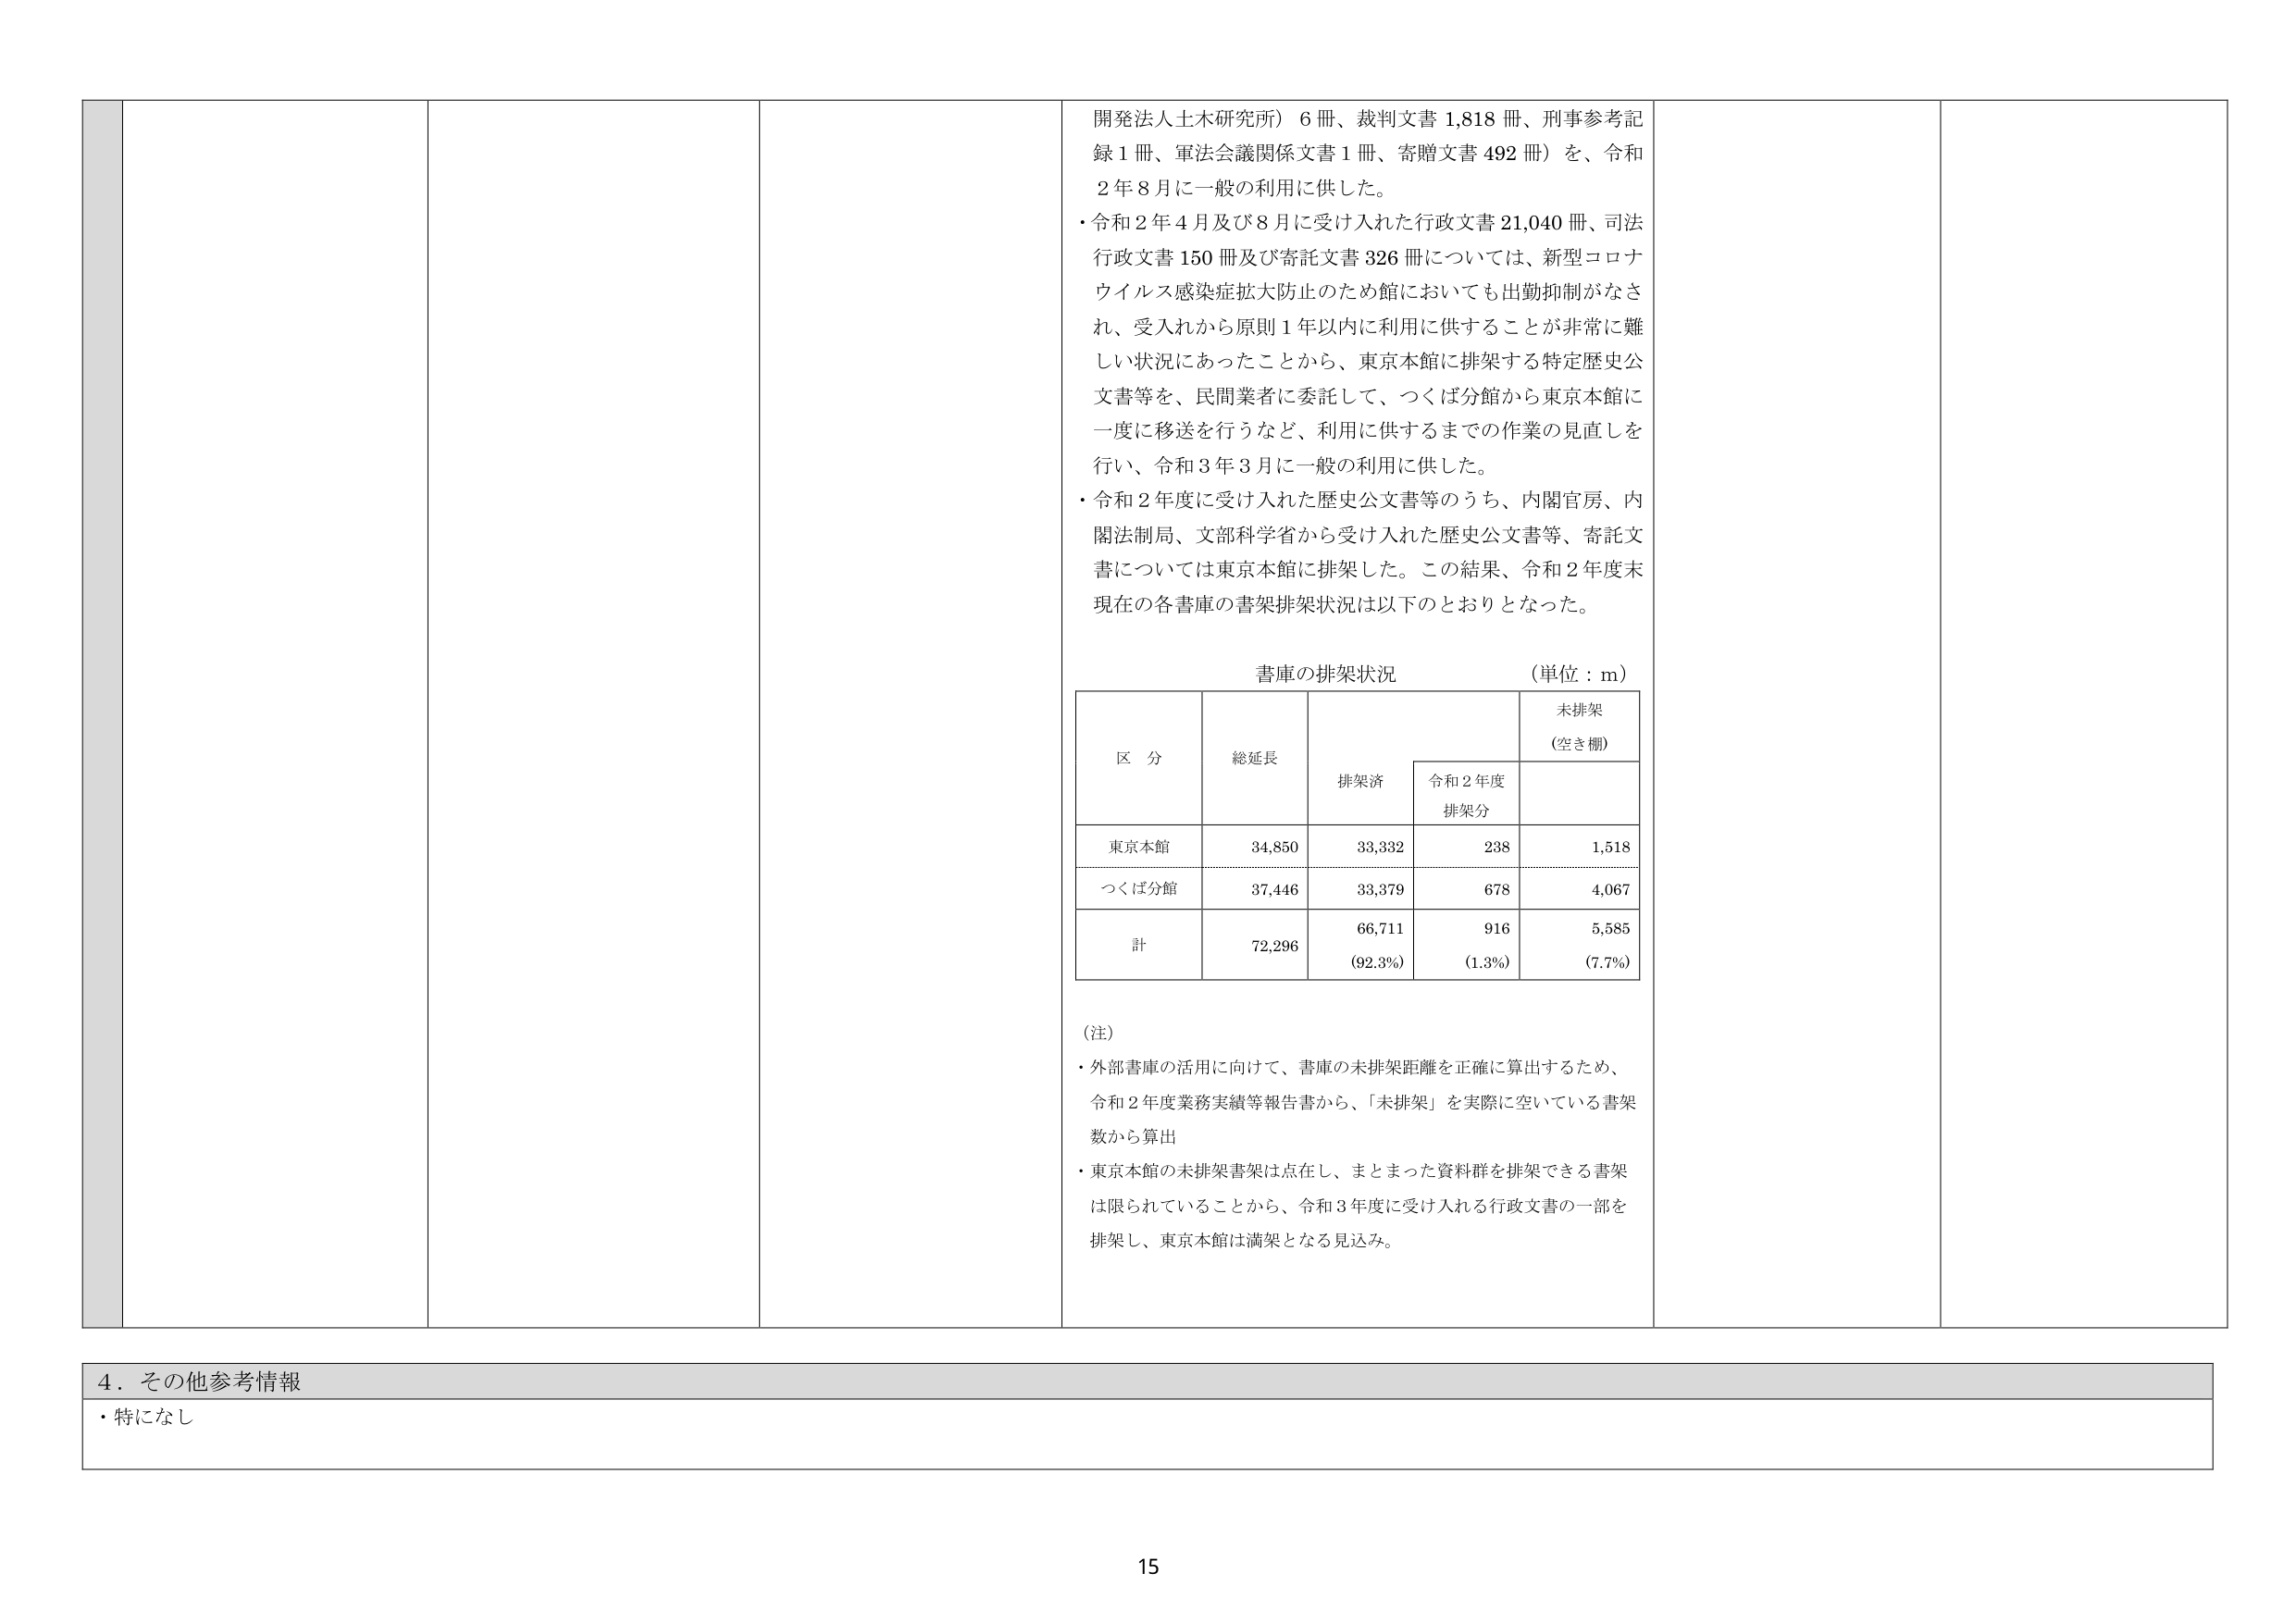
開発法人土木研究所）6冊、裁判文書1,818冊、刑事参考記録1冊、軍法会議関係文書1冊、寄贈文書492冊）を、令和2年8月に一般の利用に供した。
・令和2年4月及び8月に受け入れた行政文書21,040冊、司法行政文書150冊及び寄託文書326冊については、新型コロナウイルス感染症拡大防止のため館においても出勤抑制がなされ、受入れから原則1年以内に利用に供することが非常に難しい状況にあったことから、東京本館に排架する特定歴史公文書等を、民間業者に委託して、つくば分館から東京本館に一度に移送を行うなど、利用に供するまでの作業の見直しを行い、令和3年3月に一般の利用に供した。
・令和2年度に受け入れた歴史公文書等のうち、内閣官房、内閣法制局、文部科学省から受け入れた歴史公文書等、寄託文書については東京本館に排架した。この結果、令和2年度末現在の各書庫の書架排架状況は以下のとおりとなった。

書庫の排架状況 （単位：m）

区 分 総延長 排架済 令和2年度排架分 未排架（空き棚）
東京本館 34,850 33,332 238 1,518
つくば分館 37,446 33,379 678 4,067
計 72,296 66,711 916 5,585
（92.3%） （1.3%） （7.7%）

（注）
・外部書庫の活用に向けて、書庫の未排架距離を正確に算出するため、令和2年度業務実績等報告書から、「未排架」を実際に空いている書架数から算出
・東京本館の未排架書架は点在し、まとまった資料群を排架できる書架は限られていることから、令和3年度に受け入れる行政文書の一部を排架し、東京本館は満架となる見込み。

4．その他参考情報
・特になし

15